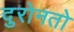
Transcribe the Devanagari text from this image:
दुरोनतो